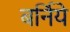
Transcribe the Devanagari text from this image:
बर्निये